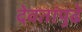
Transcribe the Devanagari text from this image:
देवतांपुढे